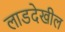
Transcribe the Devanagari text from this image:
लाडदेखील